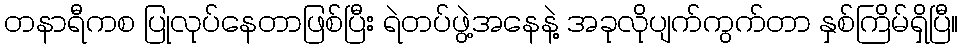
တနာရီကစ ပြုလုပ်နေတာဖြစ်ပြီး ရဲတပ်ဖွဲ့အနေနဲ့ အခုလိုပျက်ကွက်တာ နှစ်ကြိမ်ရှိပြီ။